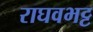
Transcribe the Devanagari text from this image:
राघवभट्ट